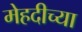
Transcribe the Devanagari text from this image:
मेहदीच्या